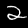
Label: 2